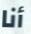
أنا